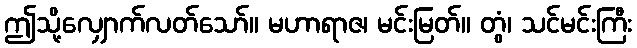
ဤသို့လျှောက်လတ်သော်။ မဟာရာဇ၊ မင်းမြတ်။ တွံ၊ သင်မင်းကြီး